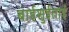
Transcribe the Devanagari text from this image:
बाईशुईताई